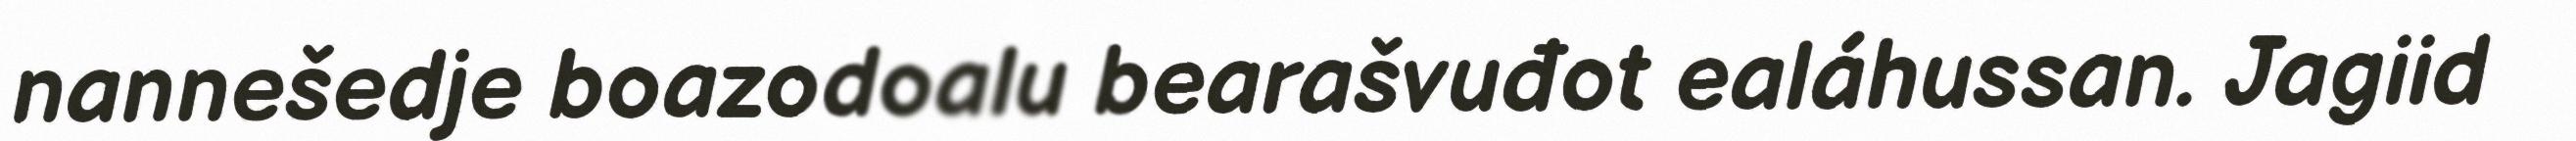
nannešedje boazodoalu bearašvuđot ealáhussan. Jagiid